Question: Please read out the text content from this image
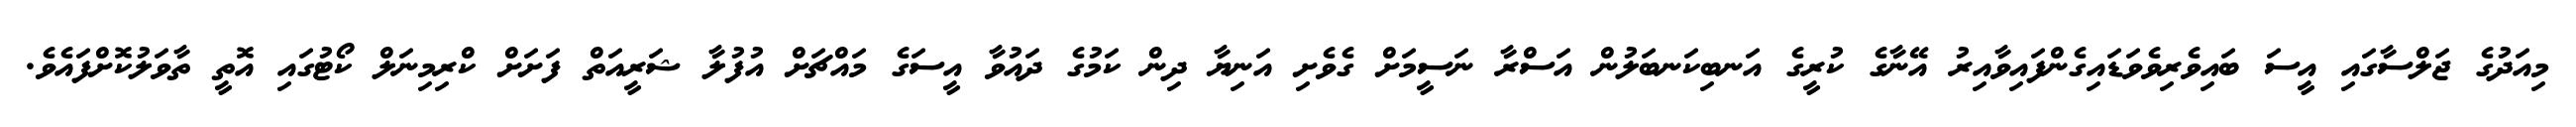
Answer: މިއަދުގެ ޖަލްސާގައި އީސަ ބައިވެރިވެވަޑައިގެންފައިވާއިރު އޭނާގެ ކުރީގެ އަނބިކަނބަލުން އަސްރާ ނަސީމަށް ގެވެށި އަނިޔާ ދިން ކަމުގެ ދައުވާ އީސަގެ މައްޗަށް އުފުލާ ޝަރީއަތް ފަށަށް ކްރިމިނަލް ކޯޓުގައި އޮތީ ތާވަލުކޮށްފައެވެ.